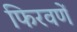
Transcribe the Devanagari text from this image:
फिरवणें